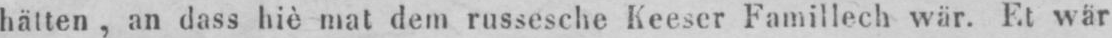
hätten, an dass hiè mat dem russesche Keeser Famillech wär. Et wär